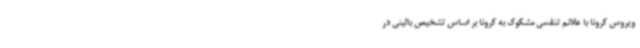
ویروس کرونا با علائم تنفسی مشکوک به کرونا بر اساس تشخیص بالینی در